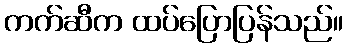
ကက်ဆီက ထပ်ပြောပြန်သည်။